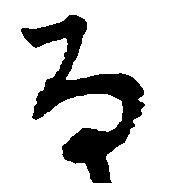
な